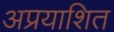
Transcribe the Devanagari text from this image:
अप्रयाशित